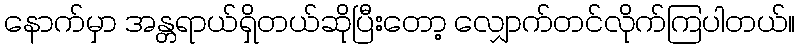
နောက်မှာ အန္တရာယ်ရှိတယ်ဆိုပြီးတော့ လျှောက်တင်လိုက်ကြပါတယ်။